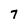
Character: 7